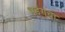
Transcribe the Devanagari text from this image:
भडंगचा